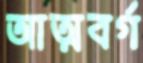
আত্মবর্গ